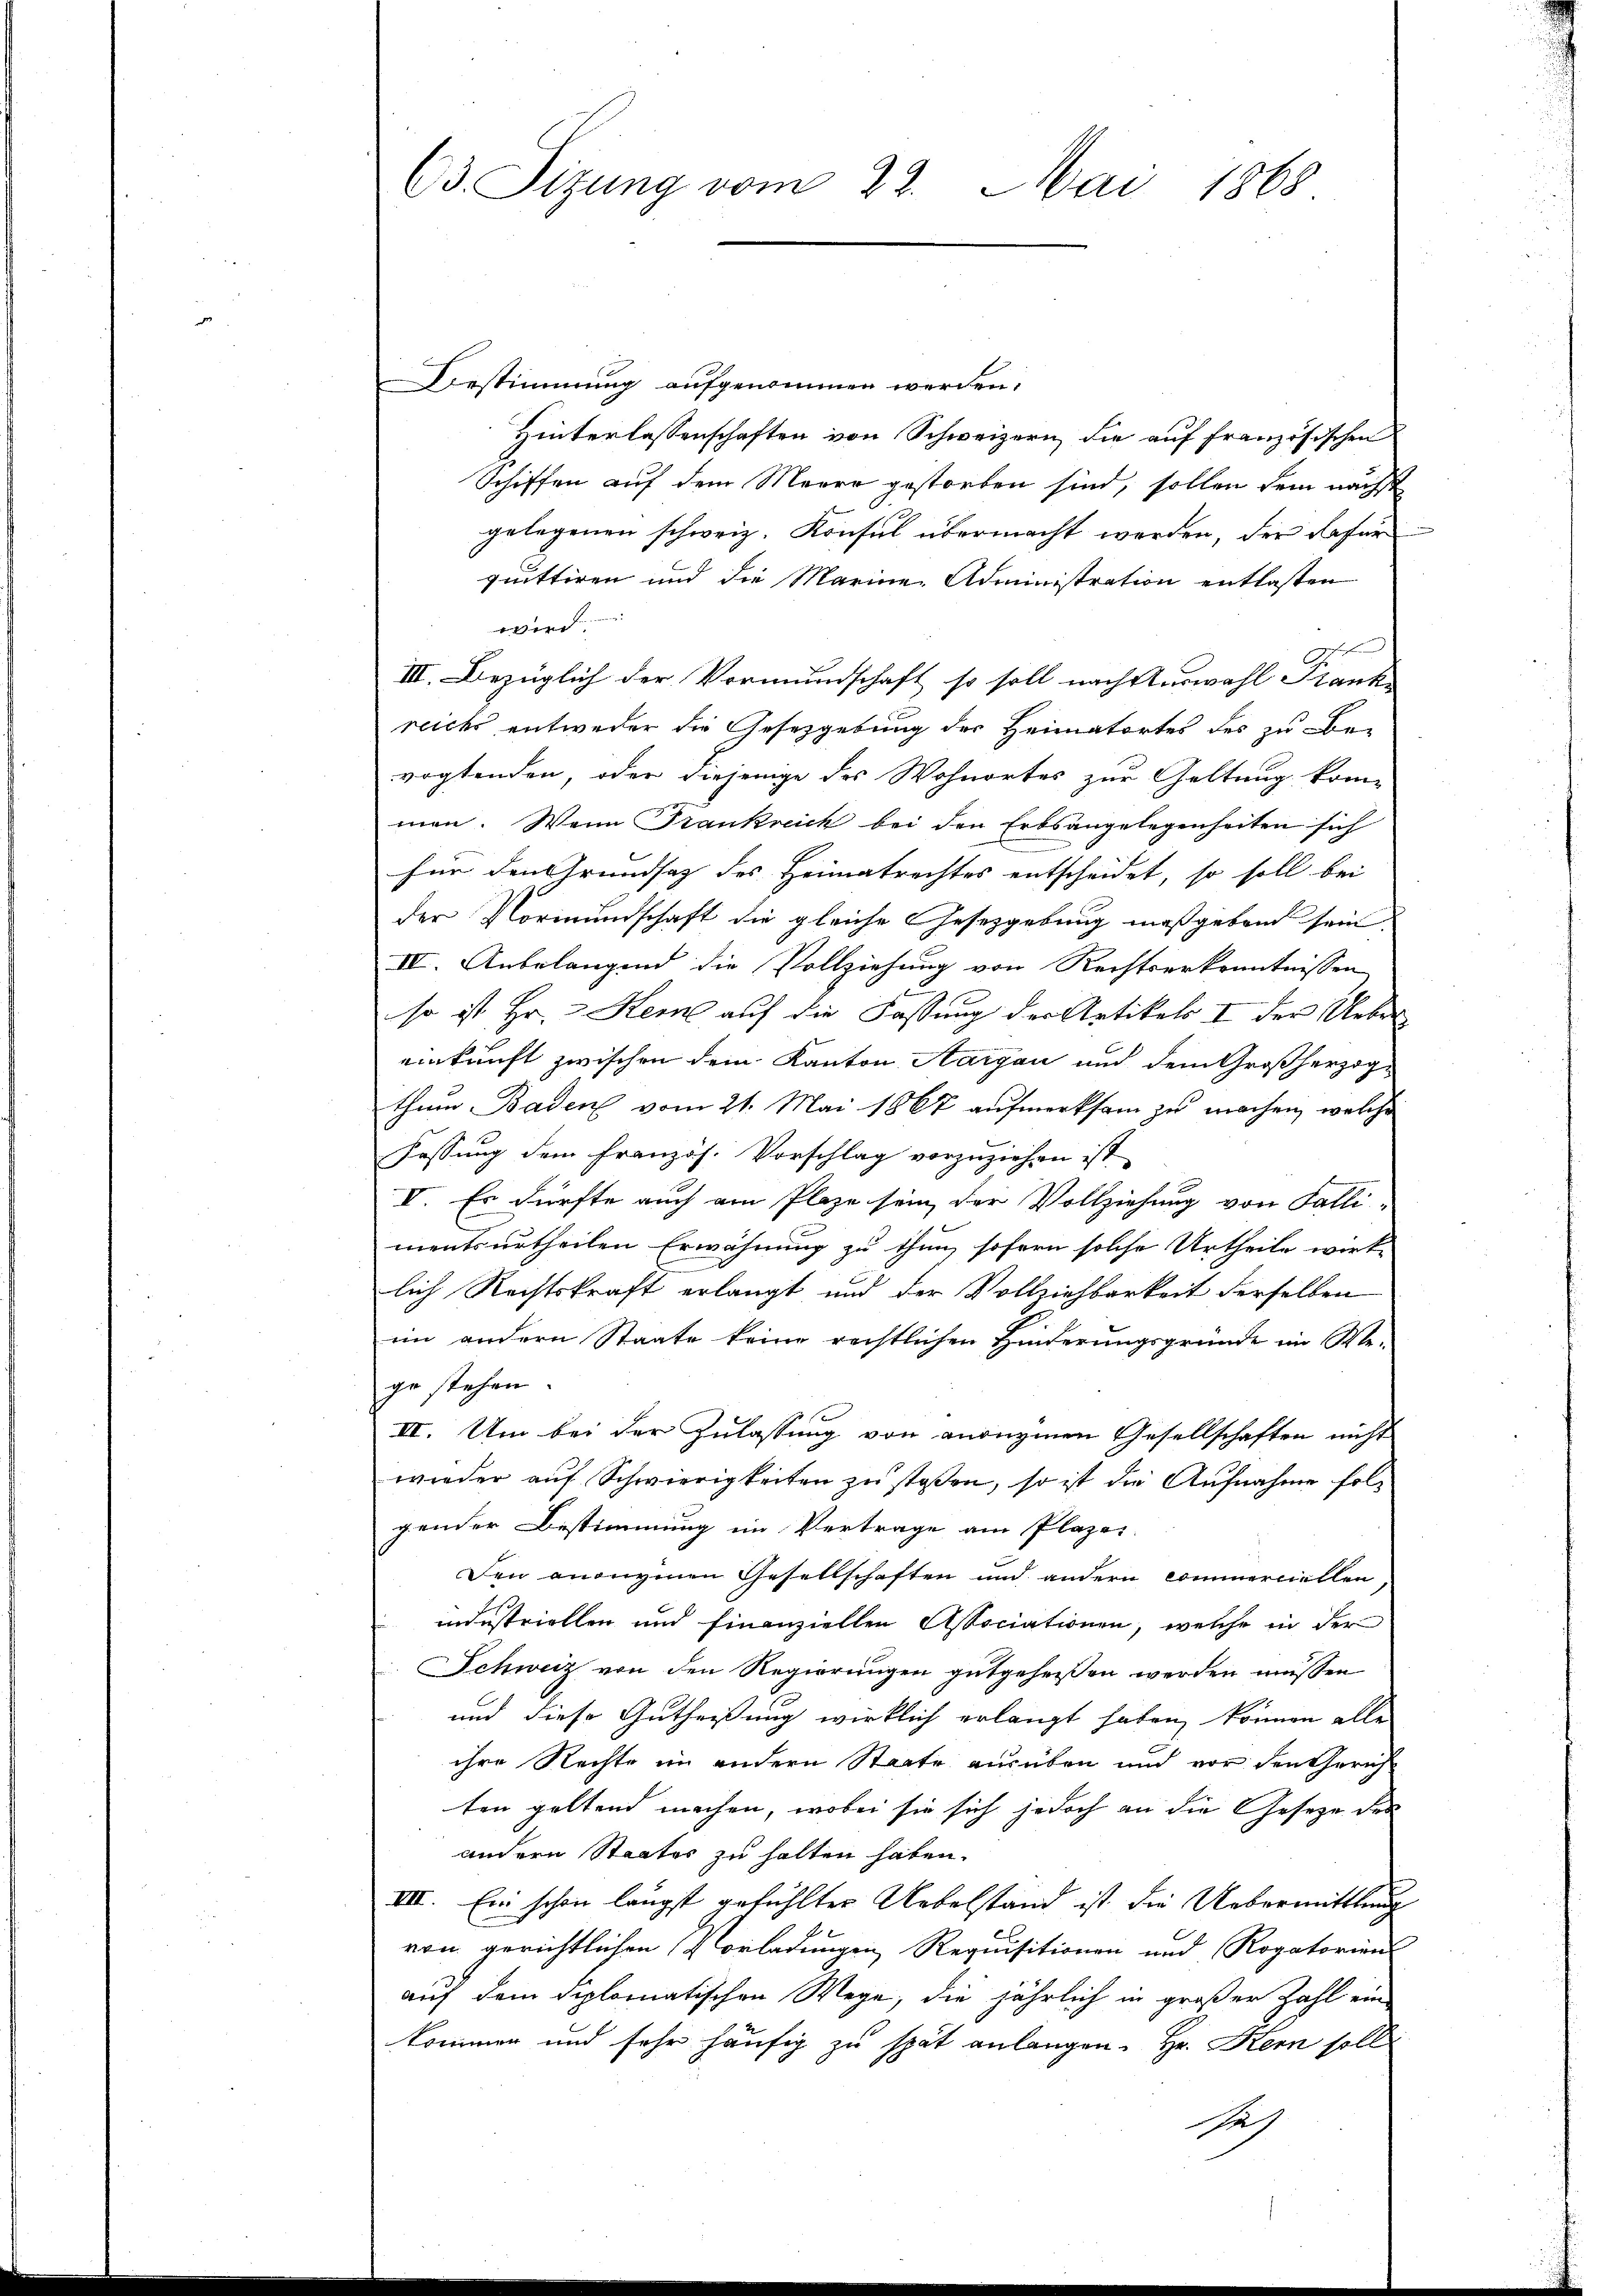
63. Sitzung vom 22. Mai 1868.

Vestimmung aufgenommen werden.
Hinterlassenschaften von Schweizern, die auf französischen
Schiffen auf dem Meere gestorben sind, sollen sein nächst
gelegenen schweiz. Konsul übermacht werden, der Rafür
quittiren und die Marine Administration entlasten
wir
III. Bezüglich der Vormundschaft so soll nach Auswahl Franke
reichs entweder die Gesetzgebung der Heimatortes des zu bevogtenden, oder diejenige des Wohnortes zur Geltung kommen. Wenn Frankreich bei den Erbsangelegenheiten sich
für den Grundsatz des Heimatrechtes entscheidet, so soll bei
der Vormundschaft die gleiche Gesetzgebung maßgebend sein
IV. Anbelangend die Vollziehung von Rechtserkenntnissen
so ist Hr. Kem auf die Fassung der Artikels I der Ueber
einkunft zwischen dem Kanton Aargau und dem Großherzogthum Baden vom 21. Mai 1867 aufmerksam zu machen, welche
Fassung dem Französ. Vorschlag vorzuziehen ist
V. Es dürfte auch am Plaze sein, der Vollziehung von Falli-
mentsurtheilen Erwähnung zu thun, sofern solche Urtheile wirt-
lich Rechtskraft erlangt und der Vollziehbarkeit derselben
ein andern Staate keine rechtlichen Hinderungsgründe im We-
ge stehen
III. Um bei der Zulassung von anzuzinen Gesellschaften nicht
wieder auf Schwierigkeiten zu stoßen, so ist die Aufnahme folgender Bestimmung im Vertrage am Plazer-
Den anonymen Gesellschaften und andern Commerciellen
industriellen und finanziellen Associationen, welche in der
Schweiz von den Regierungen gutgeheißen werden müssen
und diese Gutheissung wirklich erlangt haben, können alle
ihre Rechte im andern Staate ausüben und vor den Gerich
ten geltend machen, wobei sie sich jedoch an die Gesetze des
andern Staates zu halten haben.
III. Ein schon längst gefühlter Uebelstand ist die Uebermittlung
von gerichtlichen Vorladungen Requisitionen und Rogatorien
auf dem diplomatischen Wege, die jährlich in großer Zahl ein
kommen und sehr häufig zu spät anlangen. Hr. Stern soll
Seh